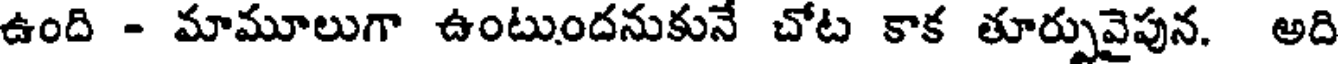
ఉంది - మామూలుగా ఉంటుందనుకునే చోట కాక తూర్పువైపున. అది